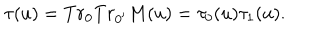
\tau ( u ) = T r _ { 0 } T r _ { 0 ^ { \prime } } M ( u ) = \tau _ { 0 } ( u ) \tau _ { 1 } ( u ) .